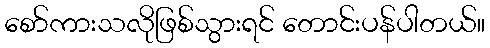
စော်ကားသလိုဖြစ်သွားရင် တောင်းပန်ပါတယ်။